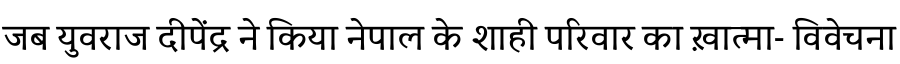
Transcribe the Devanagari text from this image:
जब युवराज दीपेंद्र ने किया नेपाल के शाही परिवार का ख़ात्मा- विवेचना